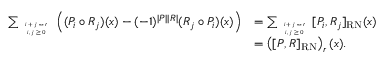
\begin{array} { r l } { \sum _ { \tiny { \begin{array} { c } { i + j = r } \\ { i , j \geq 0 } \end{array} } } \left( ( P _ { i } \circ R _ { j } ) ( x ) - ( - 1 ) ^ { | P | | R | } ( R _ { j } \circ P _ { i } ) ( x ) \right) } & { = \sum _ { \tiny { \begin{array} { c } { i + j = r } \\ { i , j \geq 0 } \end{array} } } [ P _ { i } , R _ { j } ] _ { \tiny { { \mathrm { R N } } } } ( x ) } \\ & { = \left( [ P , R ] _ { \tiny { { \mathrm { R N } } } } \right) _ { r } ( x ) . } \end{array}